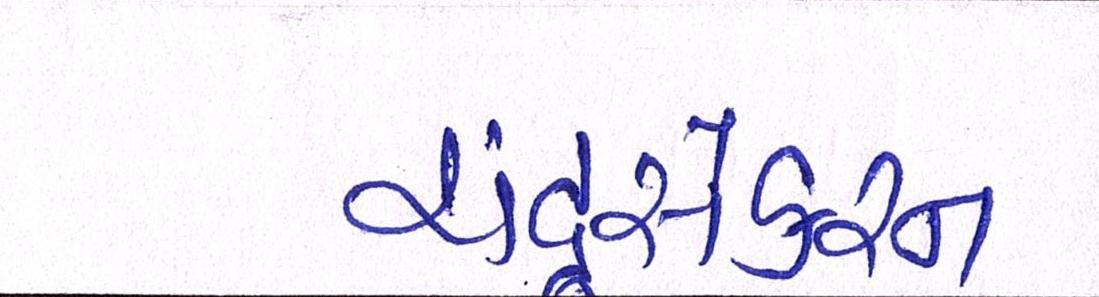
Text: ચંદ્રસેકરન